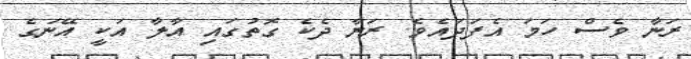
ރަނާ ވެސް ހަމަ އެފަދައެވެ. ރަނާ ދެކެ ގޮތުގައި އާލާ އަކީ އޭނަގެ